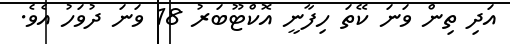
އަދި ތިން ވަނަ ކޭތަ ހިފާނީ އޮކްޓޫބަރު 18 ވަނަ ދުވަހު އެވެ.